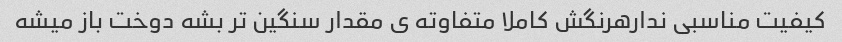
کیفیت مناسبی ندارهرنگش کاملا متفاوته ی مقدار سنگین تر بشه دوخت باز میشه